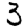
Digit: 3